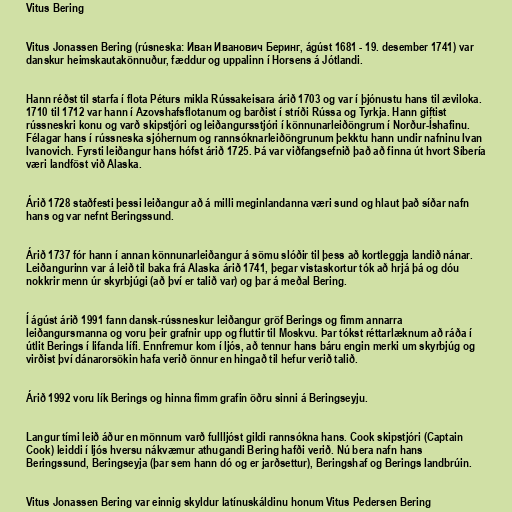
Vitus Bering

Vitus Jonassen Bering (rúsneska: Иван Иванович Беринг, ágúst 1681 - 19. desember 1741) var
danskur heimskautakönnuður, fæddur og uppalinn í Horsens á Jótlandi.

Hann réðst til starfa í flota Péturs mikla Rússakeisara árið 1703 og var í þjónustu hans til æviloka.
1710 til 1712 var hann í Azovshafsflotanum og barðist í stríði Rússa og Tyrkja. Hann giftist
rússneskri konu og varð skipstjóri og leiðangursstjóri í könnunarleiðöngrum í Norður-Íshafinu.
Félagar hans í rússneska sjóhernum og rannsóknarleiðöngrunum þekktu hann undir nafninu Ivan
Ivanovich. Fyrsti leiðangur hans hófst árið 1725. Þá var viðfangsefnið það að finna út hvort Síbería
væri landföst við Alaska.

Árið 1728 staðfesti þessi leiðangur að á milli meginlandanna væri sund og hlaut það síðar nafn
hans og var nefnt Beringssund.

Árið 1737 fór hann í annan könnunarleiðangur á sömu slóðir til þess að kortleggja landið nánar.
Leiðangurinn var á leið til baka frá Alaska árið 1741, þegar vistaskortur tók að hrjá þá og dóu
nokkrir menn úr skyrbjúgi (að því er talið var) og þar á meðal Bering.

Í ágúst árið 1991 fann dansk-rússneskur leiðangur gröf Berings og fimm annarra
leiðangursmanna og voru þeir grafnir upp og fluttir til Moskvu. Þar tókst réttarlæknum að ráða í
útlit Berings í lifanda lífi. Ennfremur kom í ljós, að tennur hans báru engin merki um skyrbjúg og
virðist því dánarorsökin hafa verið önnur en hingað til hefur verið talið.

Árið 1992 voru lík Berings og hinna fimm grafin öðru sinni á Beringseyju.

Langur tími leið áður en mönnum varð fullljóst gildi rannsókna hans. Cook skipstjóri (Captain
Cook) leiddi í ljós hversu nákvæmur athugandi Bering hafði verið. Nú bera nafn hans
Beringssund, Beringseyja (þar sem hann dó og er jarðsettur), Beringshaf og Berings landbrúin.

Vitus Jonassen Bering var einnig skyldur latínuskáldinu honum Vitus Pedersen Bering